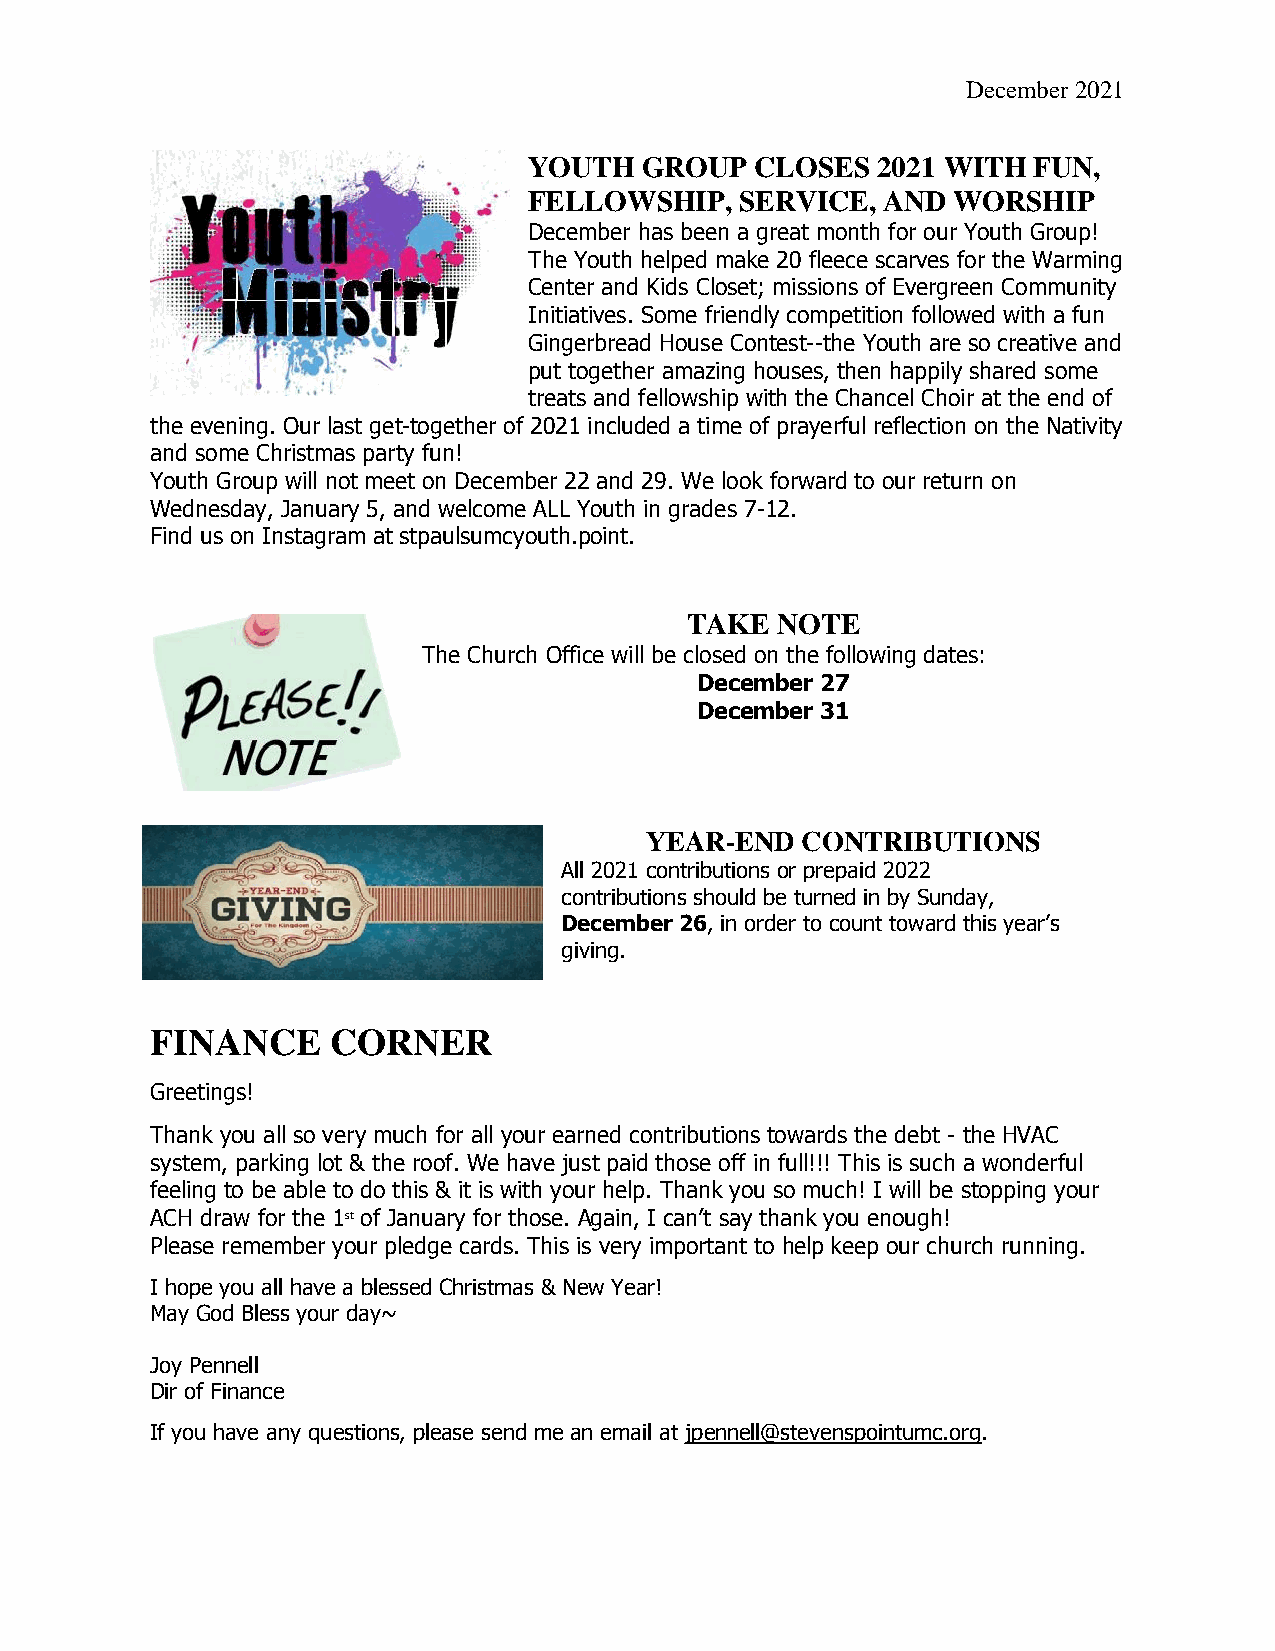
December 2021
 YOUTH   GROUP  CLOSES  2021 WITH FUN,
 FELLOWSHIP,   SERVICE, AND  WORSHIP
 December has been a great month for our Youth Group!
 The Youth helped make 20 fleece scarves for the Warming
 Center and Kids Closet; missions of Evergreen Community
 Initiatives. Some friendly competition followed with a fun
 Gingerbread House Contest--the Youth are so creative and
 put together amazing houses, then happily shared some
 treats and fellowship with the Chancel Choir at the end of
 the evening. Our last get-together of 2021 included a time of prayerful reflection on the Nativity
 and some Christmas party fun!
 Youth Group will not meet on December 22 and 29. We look forward to our return on
 Wednesday, January 5, and welcome ALL Youth in grades 7-12.
 Find us on Instagram at stpaulsumcyouth.point.
 TAKE NOTE
 The Church Office will be closed on the following dates:
 December 27
 December 31
 YEAR-END  CONTRIBUTIONS
 All 2021 contributions or prepaid 2022
 contributions should be turned in by Sunday,
 December 26, in order to count toward this year’s
 giving.
 FINANCE     CORNER
 Greetings!
 Thank you all so very much for all your earned contributions towards the debt - the HVAC
 system, parking lot & the roof. We have just paid those off in full!!! This is such a wonderful
 feeling to be able to do this & it is with your help. Thank you so much! I will be stopping your
 ACH draw for the 1st of January for those. Again, I can’t say thank you enough!
 Please remember your pledge cards. This is very important to help keep our church running.
 I hope you all have a blessed Christmas & New Year!
 May God Bless your day~
 Joy Pennell
 Dir of Finance
 If you have any questions, please send me an email at jpennell@stevenspointumc.org.